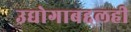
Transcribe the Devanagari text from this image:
उद्योगाबद्दलही